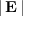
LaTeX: \left| \, \mathbf { E } \, \right|